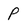
Character: P